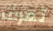
تعرف